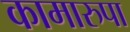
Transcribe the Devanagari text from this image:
कामारुपा